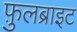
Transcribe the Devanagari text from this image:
फ़ुलब्राइट